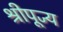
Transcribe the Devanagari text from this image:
श्रीपूज्य